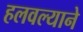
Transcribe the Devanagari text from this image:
हलवल्याने